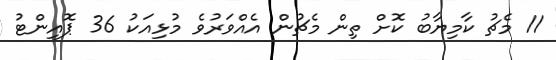
11 މެޗު ކާމިޔާބު ކޮށް ތިން މެޗުން އެއްވަރުވެ މުޅިއަކު 36 ޕޮއިންޓު